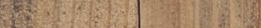
Under New Mgmt